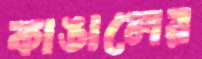
কাঙালের